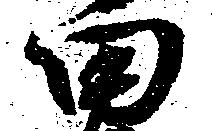
田